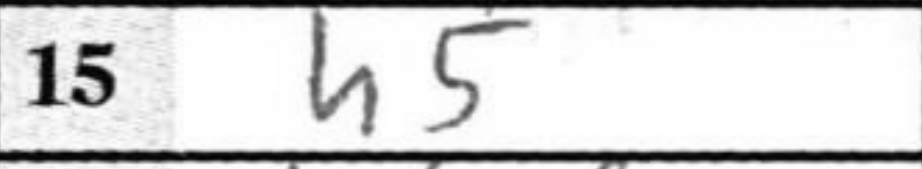
Transcription: h5